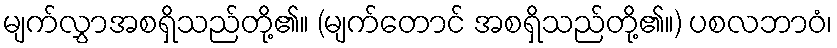
မျက်လွှာအစရှိသည်တို့၏။ (မျက်တောင် အစရှိသည်တို့၏။) ပစလဘာဝံ၊